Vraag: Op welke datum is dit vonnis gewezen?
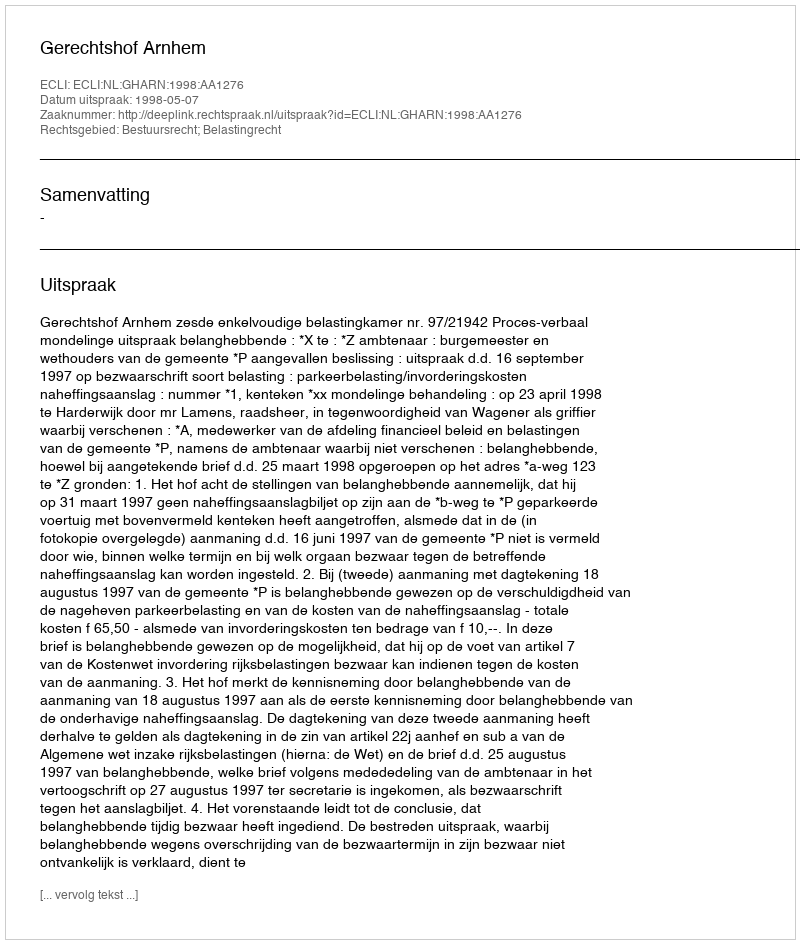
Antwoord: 1998-05-07